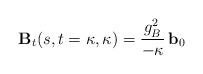
\begin{align*}{\mathbf B}_{t}(s,t=\kappa,\kappa)= \frac{g_{B}^{2}}{-\kappa}\,{\mathbf b}_0 \end{align*}